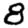
Digit: 8